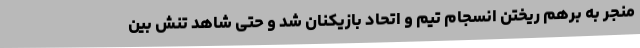
منجر به برهم ریختن انسجام تیم و اتحاد بازیکنان شد و حتی شاهد تنش بین